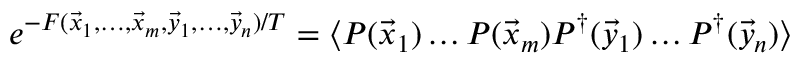
e ^ { - F ( \vec { x } _ { 1 } , \ldots , \vec { x } _ { m } , \vec { y } _ { 1 } , \ldots , \vec { y } _ { n } ) / T } = \langle P ( \vec { x } _ { 1 } ) \ldots P ( \vec { x } _ { m } ) P ^ { \dagger } ( \vec { y } _ { 1 } ) \ldots P ^ { \dagger } ( \vec { y } _ { n } ) \rangle